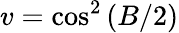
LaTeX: v=\cos^{2}\left(B/2\right)